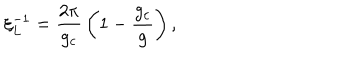
LaTeX: \xi _ { L } ^ { - 1 } = { \frac { 2 \pi } { g _ { c } } } \left( 1 - { \frac { g _ { c } } { g } } \right) ,